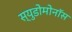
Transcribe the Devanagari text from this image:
स्युडोमोनॉस